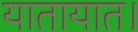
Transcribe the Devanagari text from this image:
यातायात।